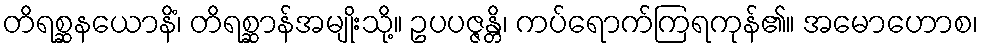
တိရစ္ဆနယောနိံ၊ တိရစ္ဆာန်အမျိုးသို့။ ဥပပဇ္ဇန္တိ၊ ကပ်ရောက်ကြရကုန်၏။ အမောဟောစ၊